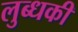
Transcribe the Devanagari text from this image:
लुब्धकी